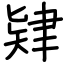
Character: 肄